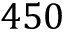
4 5 0